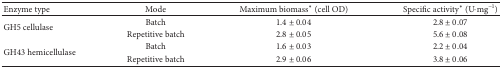
<table><thead><tr><td><b>Enzyme type</b></td><td><b>Mode</b></td><td><b>Maximum biomass* (cell OD)</b></td><td><b>Specific activity* (U·mg<sup>−1</sup>)</b></td></tr></thead><tbody><tr><td rowspan="2">GH5 cellulase</td><td>Batch</td><td>1.4 ± 0.04</td><td>2.8 ± 0.07</td></tr><tr><td>Repetitive batch</td><td>2.8 ± 0.05</td><td>5.6 ± 0.08</td></tr><tr><td rowspan="2">GH43 hemicellulase</td><td>Batch</td><td>1.6 ± 0.03</td><td>2.2 ± 0.04</td></tr><tr><td>Repetitive batch</td><td>2.9 ± 0.06</td><td>3.8 ± 0.06</td></tr></tbody></table>